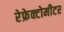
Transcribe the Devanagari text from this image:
रेफ्रेक्टोमीटर